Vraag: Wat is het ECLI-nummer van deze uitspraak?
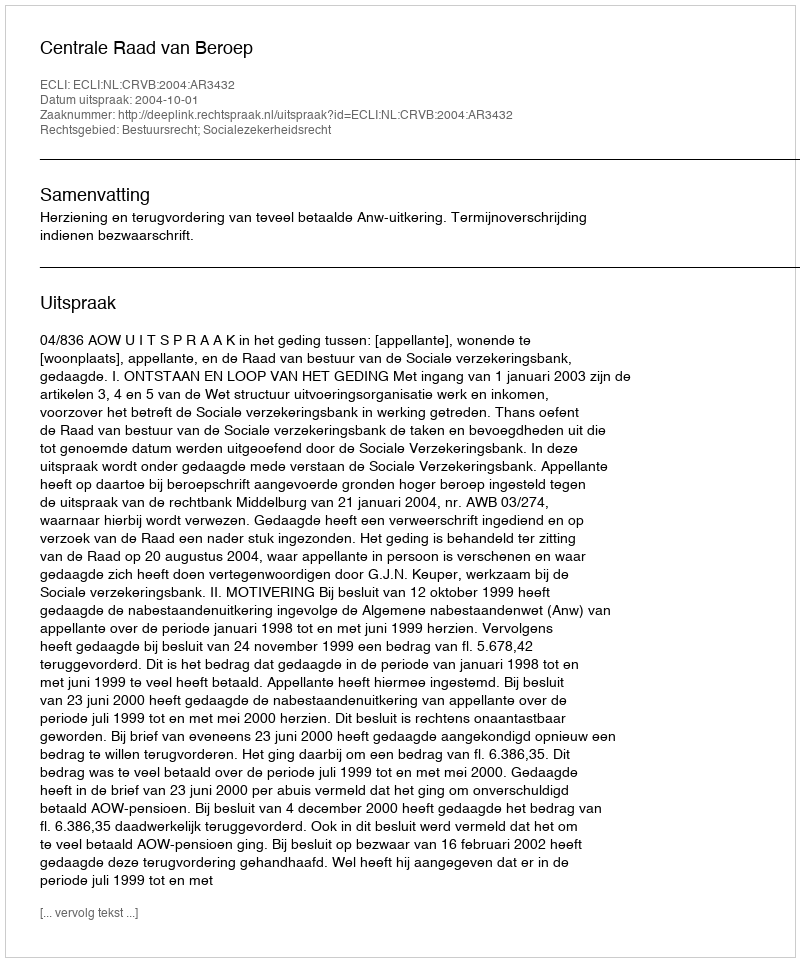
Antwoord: ECLI:NL:CRVB:2004:AR3432